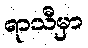
ရာသီမှာ